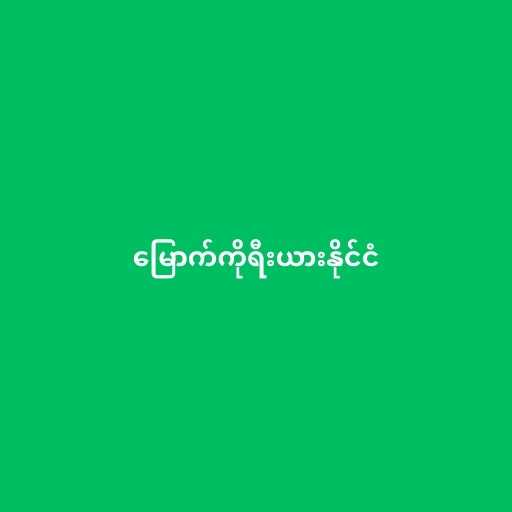
မြောက်ကိုရီးယားနိုင်ငံ